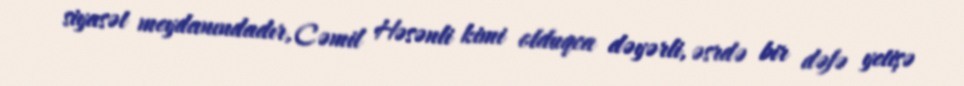
siyasət meydanındadır, Cəmil Həsənli kimi olduqca dəyərli, əsrdə bir dəfə yetişə